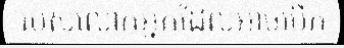
របស់លោកអ្នកដែលអាចបើក